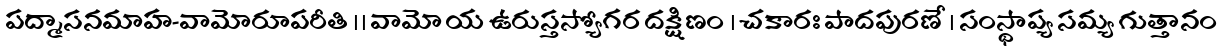
పద్మాసనమాహ-వామోరూపరీతి ।। వామో య ఉరుస్తస్యోగర దక్షిణం । చకారః పాదపురణే । సంస్థాప్య సమ్య గుత్తానం